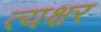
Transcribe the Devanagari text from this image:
त्यक्षर